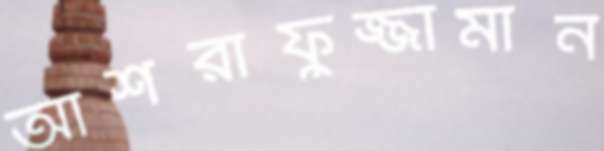
আশরাফুজ্জামান